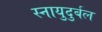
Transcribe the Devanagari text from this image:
स्नायुदुर्बल